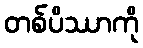
တစ်ပိဿာကို